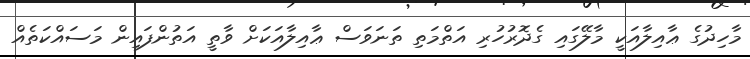
މާހިދުގެ ޢާއިލާއަކީ މާލޭގައި ގެދޮރުހުރި އަތްމަތި ތަނަވަސް ޢާއިލާއަކަށް ވާތީ އަތުންފައިން މަސައްކަތެއް